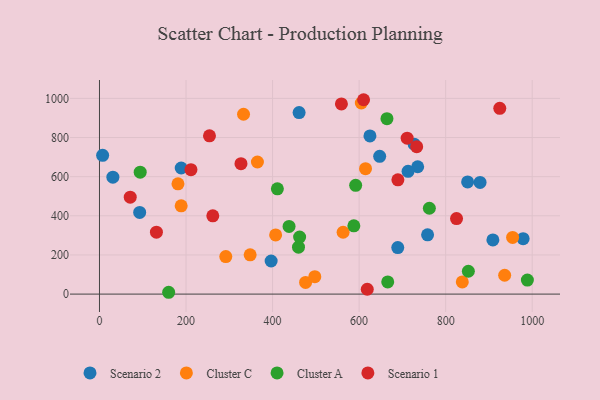
{"axis": {"x": "Ad Spend", "y": "Yield"}, "legend": ["Cluster A", "Cluster C", "Scenario 1", "Scenario 2"], "data": [{"x": "689.3", "y": 237.7, "type": "Scenario 2"}, {"x": "188.9", "y": 644.3, "type": "Scenario 2"}, {"x": "727.2", "y": 766.3, "type": "Scenario 2"}, {"x": "461.3", "y": 927.4, "type": "Scenario 2"}, {"x": "879.5", "y": 570.5, "type": "Scenario 2"}, {"x": "850.7", "y": 573.4, "type": "Scenario 2"}, {"x": "92.9", "y": 417.5, "type": "Scenario 2"}, {"x": "909.1", "y": 276.7, "type": "Scenario 2"}, {"x": "31.0", "y": 597.4, "type": "Scenario 2"}, {"x": "735.3", "y": 650.8, "type": "Scenario 2"}, {"x": "758.2", "y": 302.8, "type": "Scenario 2"}, {"x": "979.0", "y": 283.3, "type": "Scenario 2"}, {"x": "7.3", "y": 709.1, "type": "Scenario 2"}, {"x": "396.7", "y": 169.2, "type": "Scenario 2"}, {"x": "647.5", "y": 704.1, "type": "Scenario 2"}, {"x": "713.1", "y": 627.3, "type": "Scenario 2"}, {"x": "625.0", "y": 808.1, "type": "Scenario 2"}, {"x": "614.8", "y": 641.0, "type": "Cluster C"}, {"x": "476.3", "y": 59.4, "type": "Cluster C"}, {"x": "188.8", "y": 451.3, "type": "Cluster C"}, {"x": "348.2", "y": 200.7, "type": "Cluster C"}, {"x": "936.3", "y": 96.4, "type": "Cluster C"}, {"x": "365.0", "y": 675.1, "type": "Cluster C"}, {"x": "181.4", "y": 563.4, "type": "Cluster C"}, {"x": "497.6", "y": 88.8, "type": "Cluster C"}, {"x": "954.7", "y": 289.6, "type": "Cluster C"}, {"x": "563.0", "y": 316.1, "type": "Cluster C"}, {"x": "838.4", "y": 62.1, "type": "Cluster C"}, {"x": "407.1", "y": 302.4, "type": "Cluster C"}, {"x": "605.1", "y": 976.4, "type": "Cluster C"}, {"x": "291.9", "y": 191.9, "type": "Cluster C"}, {"x": "332.9", "y": 918.9, "type": "Cluster C"}, {"x": "438.1", "y": 345.8, "type": "Cluster A"}, {"x": "159.9", "y": 9.3, "type": "Cluster A"}, {"x": "762.3", "y": 438.6, "type": "Cluster A"}, {"x": "587.8", "y": 349.1, "type": "Cluster A"}, {"x": "592.0", "y": 556.0, "type": "Cluster A"}, {"x": "988.8", "y": 71.8, "type": "Cluster A"}, {"x": "852.4", "y": 116.7, "type": "Cluster A"}, {"x": "94.1", "y": 623.1, "type": "Cluster A"}, {"x": "666.1", "y": 62.3, "type": "Cluster A"}, {"x": "459.9", "y": 239.7, "type": "Cluster A"}, {"x": "411.1", "y": 538.1, "type": "Cluster A"}, {"x": "462.5", "y": 291.2, "type": "Cluster A"}, {"x": "664.3", "y": 896.5, "type": "Cluster A"}, {"x": "254.2", "y": 808.6, "type": "Scenario 1"}, {"x": "610.3", "y": 993.2, "type": "Scenario 1"}, {"x": "689.6", "y": 584.1, "type": "Scenario 1"}, {"x": "733.0", "y": 753.4, "type": "Scenario 1"}, {"x": "925.0", "y": 949.2, "type": "Scenario 1"}, {"x": "71.1", "y": 495.3, "type": "Scenario 1"}, {"x": "559.1", "y": 971.6, "type": "Scenario 1"}, {"x": "211.4", "y": 635.6, "type": "Scenario 1"}, {"x": "711.0", "y": 796.6, "type": "Scenario 1"}, {"x": "261.9", "y": 399.9, "type": "Scenario 1"}, {"x": "618.8", "y": 24.7, "type": "Scenario 1"}, {"x": "825.1", "y": 385.7, "type": "Scenario 1"}, {"x": "131.6", "y": 316.4, "type": "Scenario 1"}, {"x": "327.0", "y": 666.2, "type": "Scenario 1"}]}